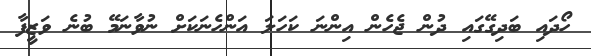
ހޯދައި ބަދިގޭގައި ދުން ޖެހެން އިންނަ ކަހަލަ އަންހެނަކަށް ނުވާނަމޭ ބުނެ ވަޒީފާ